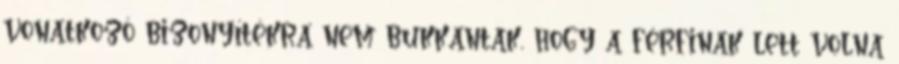
vonatkozó bizonyítékra nem bukkantak, hogy a férfinak lett volna